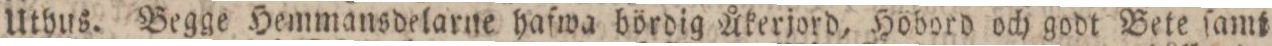
Uthus. Begge Hemmansdelarne hafwa bördig Åkerjord, Höbord och godt Bete ſamt